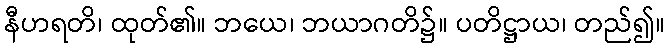
နီဟရတိ၊ ထုတ်၏။ ဘယေ၊ ဘယာဂတိ၌။ ပတိဋ္ဌာယ၊ တည်၍။